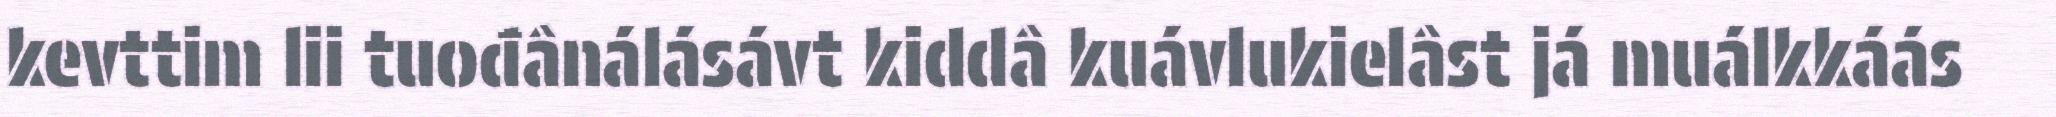
kevttim lii tuođânálásávt kiddâ kuávlukielâst já muálkkáás